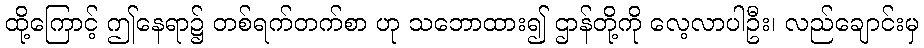
ထို့ကြောင့် ဤနေရာ၌ တစ်ရက်တက်စာ ဟု သဘောထား၍ ဌာန်တို့ကို လေ့လာပါဦး၊ လည်ချောင်းမှ